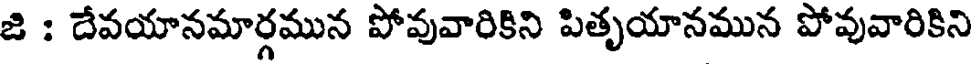
జి : దేవయానమార్గమున పోవువారికిని పితృయానమున పోవువారికిని